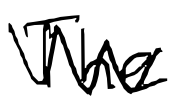
Text: The
Cross-out: zig-zag
Writing tool: digital_black